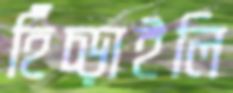
হিঁচ্‌ড়াইলি